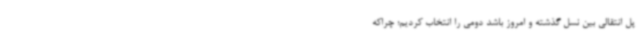
پل انتقالی بین نسل گذشته و امروز باشد دومی را انتخاب کردیم؛ چراکه